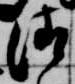
清